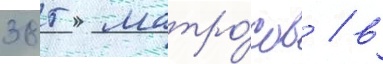
385 матро́сов / в